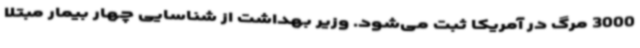
3000 مرگ در آمریکا ثبت می‌شود. وزیر بهداشت از شناسایی چهار بیمار مبتلا